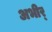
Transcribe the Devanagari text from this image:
अभीर्